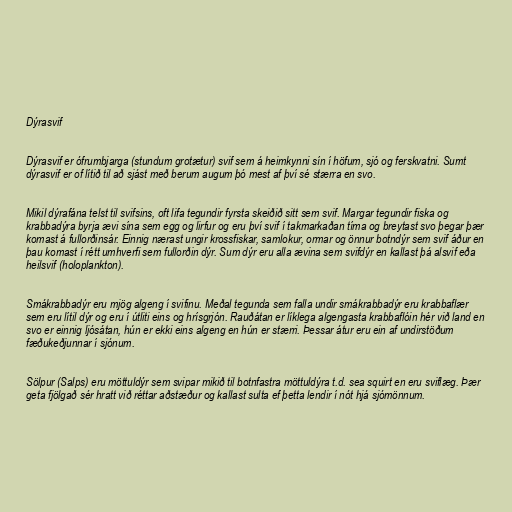
Dýrasvif

Dýrasvif er ófrumbjarga (stundum grotætur) svif sem á heimkynni sín í höfum, sjó og ferskvatni. Sumt
dýrasvif er of lítið til að sjást með berum augum þó mest af því sé stærra en svo.

Mikil dýrafána telst til svifsins, oft lifa tegundir fyrsta skeiðið sitt sem svif. Margar tegundir fiska og
krabbadýra byrja ævi sína sem egg og lirfur og eru því svif í takmarkaðan tíma og breytast svo þegar þær
komast á fullorðinsár. Einnig nærast ungir krossfiskar, samlokur, ormar og önnur botndýr sem svif áður en
þau komast í rétt umhverfi sem fullorðin dýr. Sum dýr eru alla ævina sem svifdýr en kallast þá alsvif eða
heilsvif (holoplankton).

Smákrabbadýr eru mjög algeng í svifinu. Meðal tegunda sem falla undir smákrabbadýr eru krabbaflær
sem eru lítil dýr og eru í útliti eins og hrísgrjón. Rauðátan er líklega algengasta krabbaflóin hér við land en
svo er einnig ljósátan, hún er ekki eins algeng en hún er stærri. Þessar átur eru ein af undirstöðum
fæðukeðjunnar í sjónum.

Sölpur (Salps) eru möttuldýr sem svipar mikið til botnfastra möttuldýra t.d. sea squirt en eru sviflæg. Þær
geta fjölgað sér hratt við réttar aðstæður og kallast sulta ef þetta lendir í nót hjá sjómönnum.